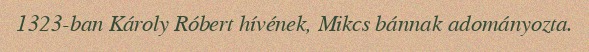
1323-ban Károly Róbert hívének, Mikcs bánnak adományozta.